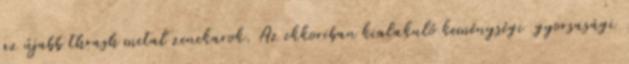
az újabb thrash metal zenekarok. Az ekkoriban kialakuló keménységi gyorsasági